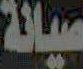
صيانة